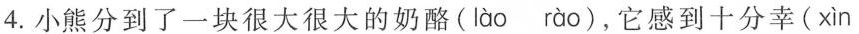
4. 小熊分到了一块很大很大的奶酪( lào rào )，它感到十分幸( xìn